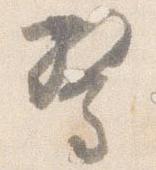
驚